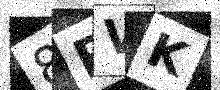
Text: 8RVK